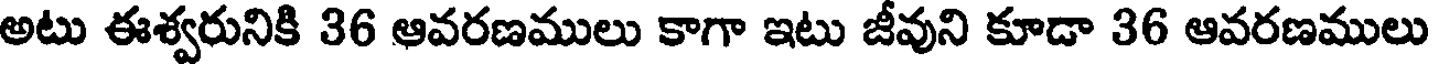
అటు ఈశ్వరునికి 36 ఆవరణములు కాగా ఇటు జీవుని కూడా 36 ఆవరణములు